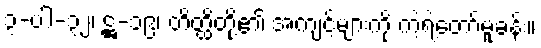
၃-ပါ-၃၂၊ ဋ္ဌ-၁၉၊ တိတ္ထိတို့၏ အကျင့်များကို ကဲ့ရဲ့တော်မူခန်း။